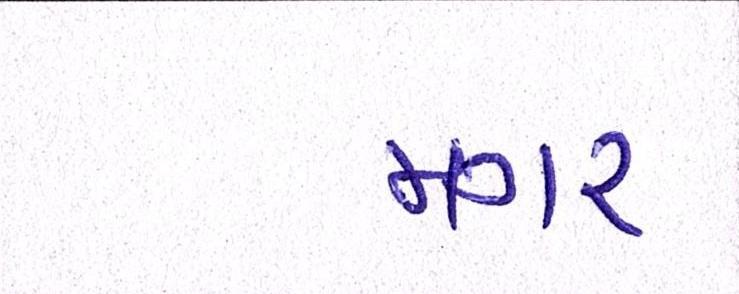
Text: મગર